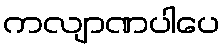
ကလျာဏပါပေ